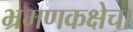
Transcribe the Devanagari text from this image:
भ्रमणकक्षेचा